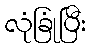
လုံခြုံပြီး